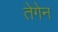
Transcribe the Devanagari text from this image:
तेगेन